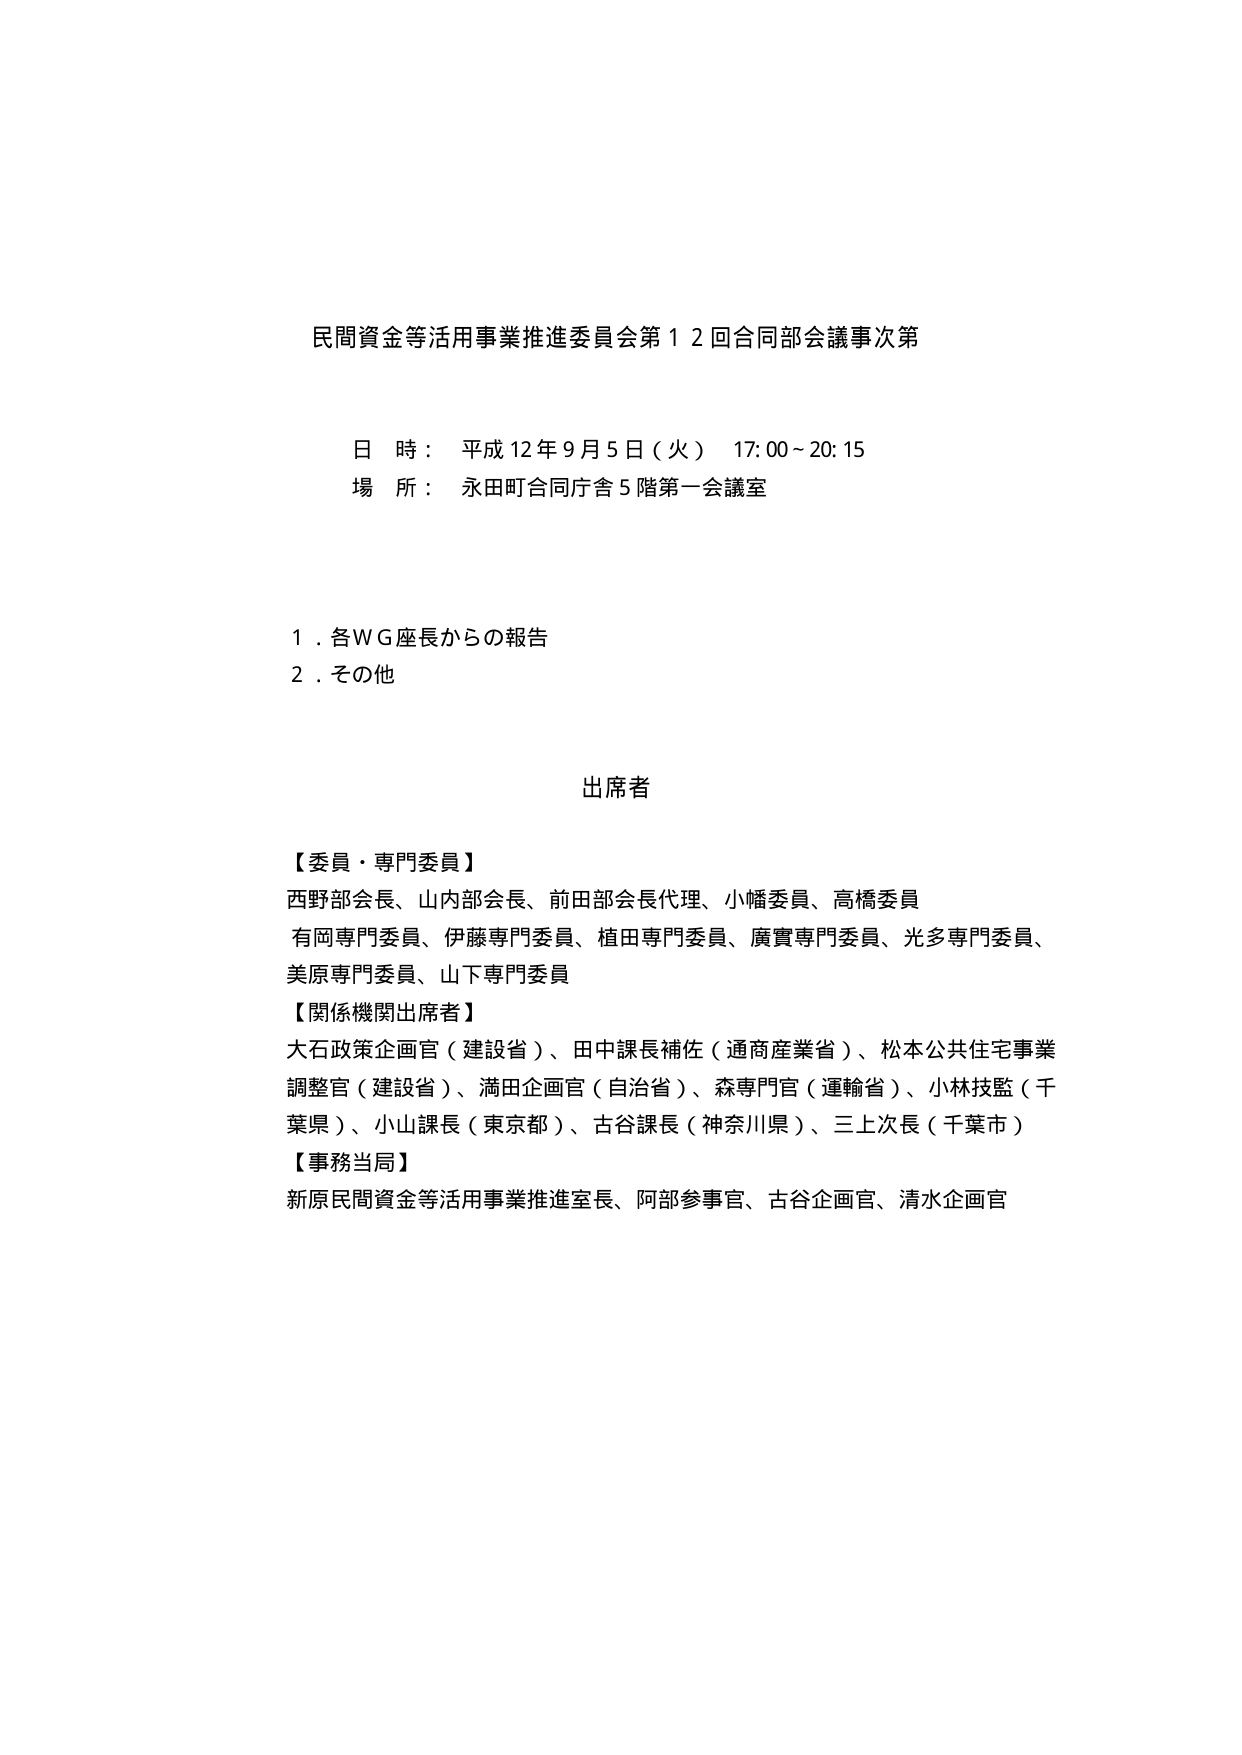
民間資金等活用事業推進委員会第１２回合同会議事次第

日 時： 平成12年9月5日（火） 17:00～20:15
場 所： 永田町合同庁舎5階第一会議室

１．各ＷＧ座長からの報告
２．その他

出席者

【委員・専門委員】
西野部会長、山内部会長、前田部会長代理、小幡委員、高橋委員
有岡専門委員、伊藤専門委員、植田専門委員、廣實専門委員、光多専門委員、
美原専門委員、山下専門委員

【関係機関出席者】
大石政策企画官（建設省）、田中課長補佐（通商産業省）、松本公共住宅事業
調整官（建設省）、満田企画官（自治省）、森専門官（運輸省）、小林技監（千
葉県）、小山課長（東京都）、古谷課長（神奈川県）、三上次長（千葉市）

【事務当局】
新原民間資金等活用事業推進室長、阿部参事官、古谷企画官、清水企画官